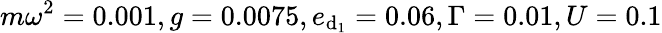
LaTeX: m\omega^{2}=0.001,g=0.0075,e_{\mathrm{d}_{1}}=0.06,\Gamma=0.01,U=0.1